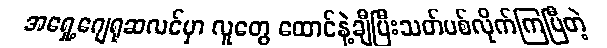
အရှေ့ဂျေရုဆလင်မှာ လူတွေ ထောင်နဲ့ချီပြီးသတ်ပစ်လိုက်ကြပြီတဲ့